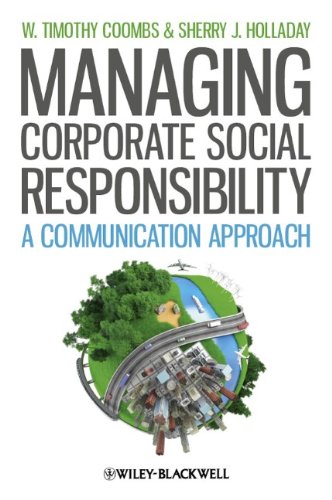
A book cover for Managing Corporate Social Responsibility: A Communication Approach; W. Timothy Coombs; Business & Money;